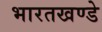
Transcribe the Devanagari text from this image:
भारतखण्डे